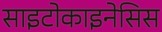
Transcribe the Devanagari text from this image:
साइटोकाइनेसिस